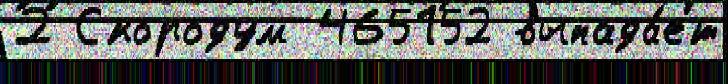
2 Скородум 465152 выпада́ет